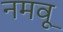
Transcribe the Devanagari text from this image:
नमवू